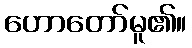
ဟောတော်မူ၏။